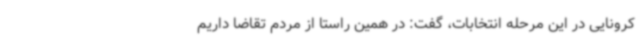
کرونایی در این مرحله انتخابات، گفت: در همین راستا از مردم تقاضا داریم